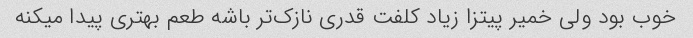
خوب بود ولی خمیر پیتزا زیاد کلفت قدری نازک‌تر باشه طعم بهتری پیدا میکنه